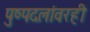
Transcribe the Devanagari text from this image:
पुष्पदलांवरही